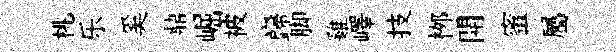
桃乐奚鼎崛被巋脚雞嶧技桞開蜜屬